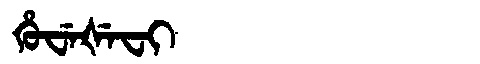
Manchu: ᡥᡠᠸᡝᡧᡝᠸᡳ
Romanization: HUWEŠEFI